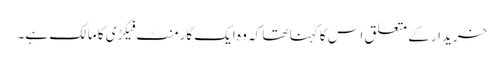
خریدار کے متعلق اس کا کہنا تھا کہ وہ ایک گارمنٹ فیکڑی کا مالک ہے۔